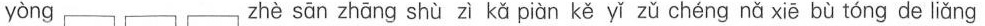
yòng zhè sān zhāng shù zì kǎ piàn kě yǐ zǔ chéng nǎ xiē bù tóng de liǎng